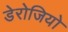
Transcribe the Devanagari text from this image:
डेरोजियो